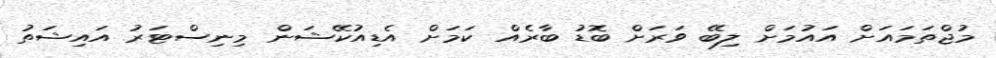
މުޖްތަމައަށް އައުމަށް ލިބޭ ވަރަށް ބޮޑު ބާރެއް ކަމަށް އެޑިއުކޭޝަން މިނިސްޓަރު އައިޝަތު